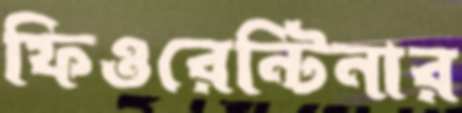
ফিওরেন্টিনার